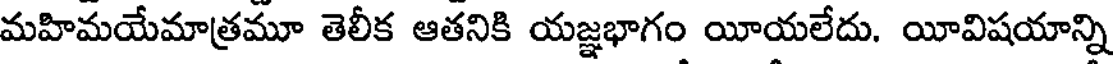
మహిమయేమాత్రమూ తెలీక ఆతనికి యజ్ఞభాగం యీయలేదు. యీవిషయాన్ని